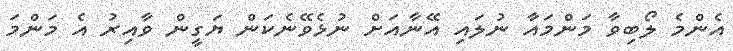
އެންމެ ލޯބިވާ މަންމައާ ނުލައި އޭނާއަށް ނުޅެވޭނެކަން ޔަގީން ވާއިރު އެ މަންމަ